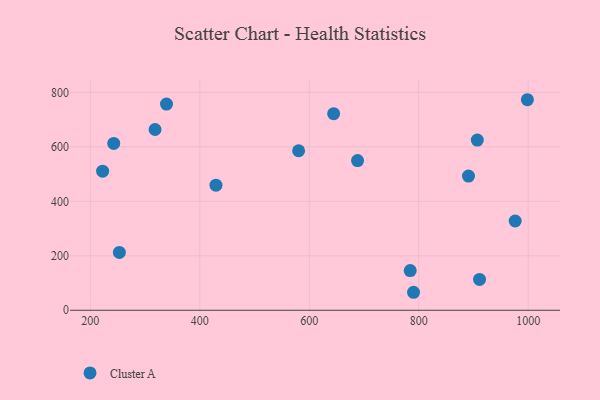
{"axis": {"x": "Engine Size", "y": "Fuel Efficiency"}, "legend": ["Cluster A"], "data": [{"x": "688.2", "y": 549.6, "type": "Cluster A"}, {"x": "429.5", "y": 459.1, "type": "Cluster A"}, {"x": "644.5", "y": 721.7, "type": "Cluster A"}, {"x": "976.2", "y": 327.7, "type": "Cluster A"}, {"x": "339.1", "y": 757.1, "type": "Cluster A"}, {"x": "998.5", "y": 773.0, "type": "Cluster A"}, {"x": "318.2", "y": 663.6, "type": "Cluster A"}, {"x": "253.0", "y": 212.4, "type": "Cluster A"}, {"x": "242.7", "y": 612.5, "type": "Cluster A"}, {"x": "907.0", "y": 624.9, "type": "Cluster A"}, {"x": "790.5", "y": 66.0, "type": "Cluster A"}, {"x": "911.1", "y": 113.3, "type": "Cluster A"}, {"x": "222.4", "y": 510.6, "type": "Cluster A"}, {"x": "784.4", "y": 145.7, "type": "Cluster A"}, {"x": "890.9", "y": 492.7, "type": "Cluster A"}, {"x": "580.5", "y": 585.6, "type": "Cluster A"}]}